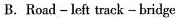
B.Road -left track -bridge.